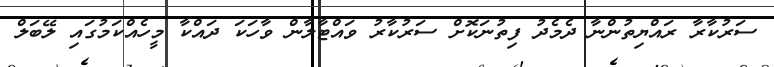
ސަރުކާރާ ރައްޔިތުންނާ ދެމެދު ފިތުނަކޮށް ސަރުކާރު ވައްޓާލާން ވާހަކަ ދައްކާ މީހެއްކަމުގައި ލޭބަލް